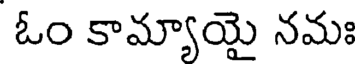
ఓం కామ్యాయై నమః